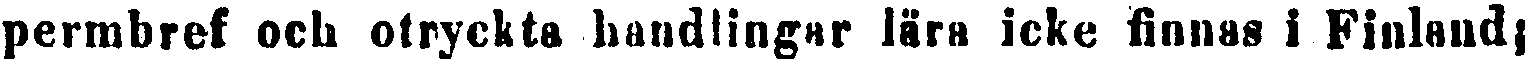
permbref och otryckta handlingar lära icke finnas i Finland;